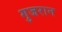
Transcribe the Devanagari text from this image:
गुजरान